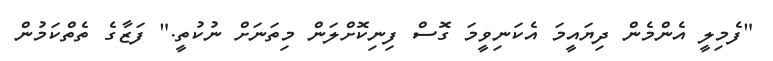
"ފެމިލީ އެންމެން ދިޔައީމަ އެކަނިވީމަ ގޮސް ފިނިކޮށްލަން މިތަނަށް ނުކުތީ." ފަޒާގެ ތެތްކަމުން